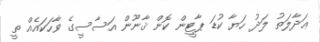
ޢަދާލަތު ލަދު ހަޔާ ކުޑަ ޕާޓީން ކޮން ޤާނޫން އަސާސީގެ ވާހަކައެއް ތީ